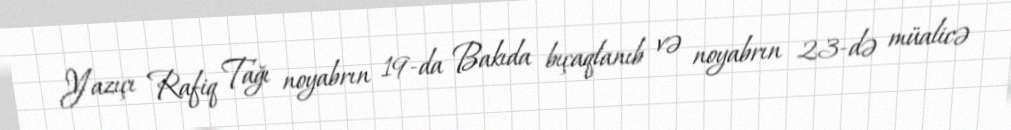
Yazıçı Rafiq Tağı noyabrın 19-da Bakıda bıçaqlanıb və noyabrın 23-də müalicə